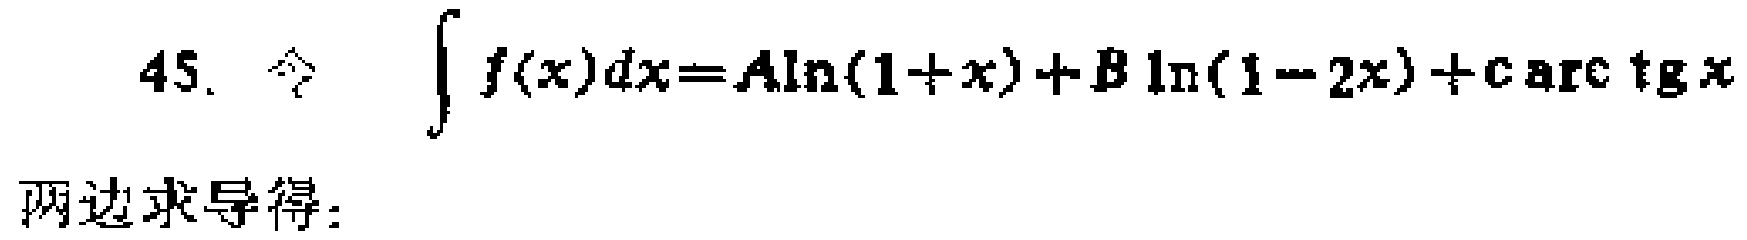
45. 令 $\int f(x)dx = A\ln(1 + x)+B\ln(1 - 2x)+C\arctan x$
两边求导得：